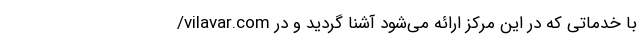
/vilavar.com با خدماتی که در این مرکز ارائه می­‌شود آشنا گردید و در